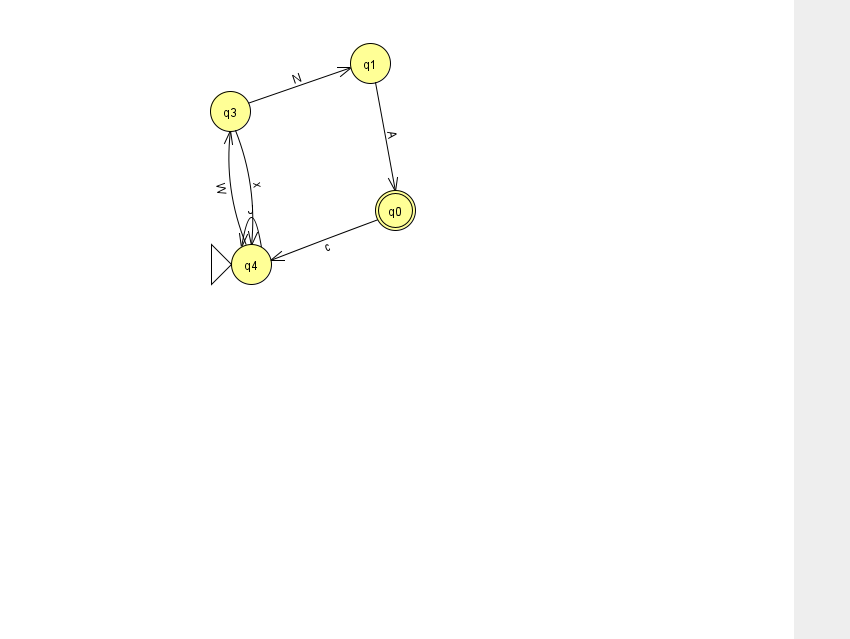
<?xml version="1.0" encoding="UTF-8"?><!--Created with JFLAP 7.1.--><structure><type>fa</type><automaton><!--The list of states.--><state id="0" name="q0"><x>395.0</x><y>197.0</y><final/></state><state id="1" name="q1"><x>370.0</x><y>50.0</y></state><state id="3" name="q3"><x>230.0</x><y>98.0</y></state><state id="4" name="q4"><x>251.0</x><y>251.0</y><initial/></state><!--The list of transitions.--><transition><from>0</from><to>4</to><read>c</read></transition><transition><from>3</from><to>1</to><read>N</read></transition><transition><from>4</from><to>3</to><read>W</read></transition><transition><from>1</from><to>0</to><read>A</read></transition><transition><from>4</from><to>4</to><read>J</read></transition><transition><from>3</from><to>4</to><read>x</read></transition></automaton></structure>